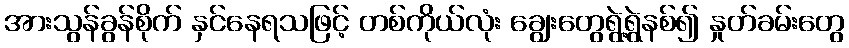
အားသွန်ခွန်စိုက် နှင်နေရသဖြင့် တစ်ကိုယ်လုံး ချွေးတွေရွဲ့ရွဲနစ်၍ နှုတ်ခမ်းတွေ